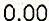
0.00